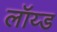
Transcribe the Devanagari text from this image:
लॉय्ड